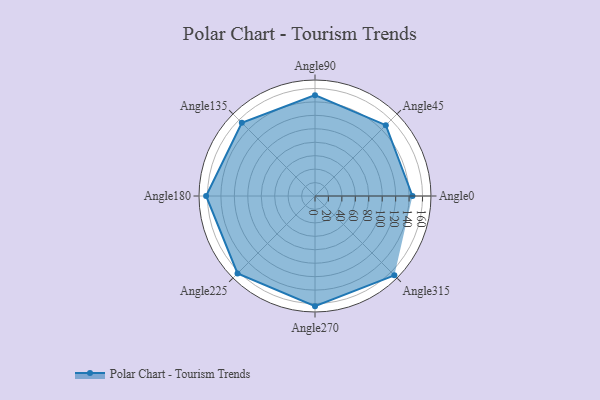
{"axis": {"x": "Angle", "y": "Radius"}, "legend": [""], "data": [{"x": "Angle0", "y": 145.0, "type": ""}, {"x": "Angle45", "y": 149.0, "type": ""}, {"x": "Angle90", "y": 150.0, "type": ""}, {"x": "Angle135", "y": 154.0, "type": ""}, {"x": "Angle180", "y": 162.0, "type": ""}, {"x": "Angle225", "y": 163.0, "type": ""}, {"x": "Angle270", "y": 164.0, "type": ""}, {"x": "Angle315", "y": 167.0, "type": ""}]}